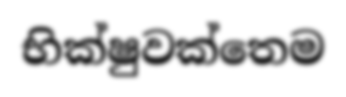
භික්ෂුවක්තෙම